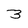
Character: 3